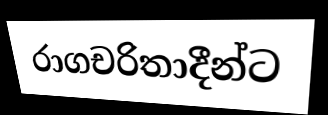
රාගචරිතාදීන්ට